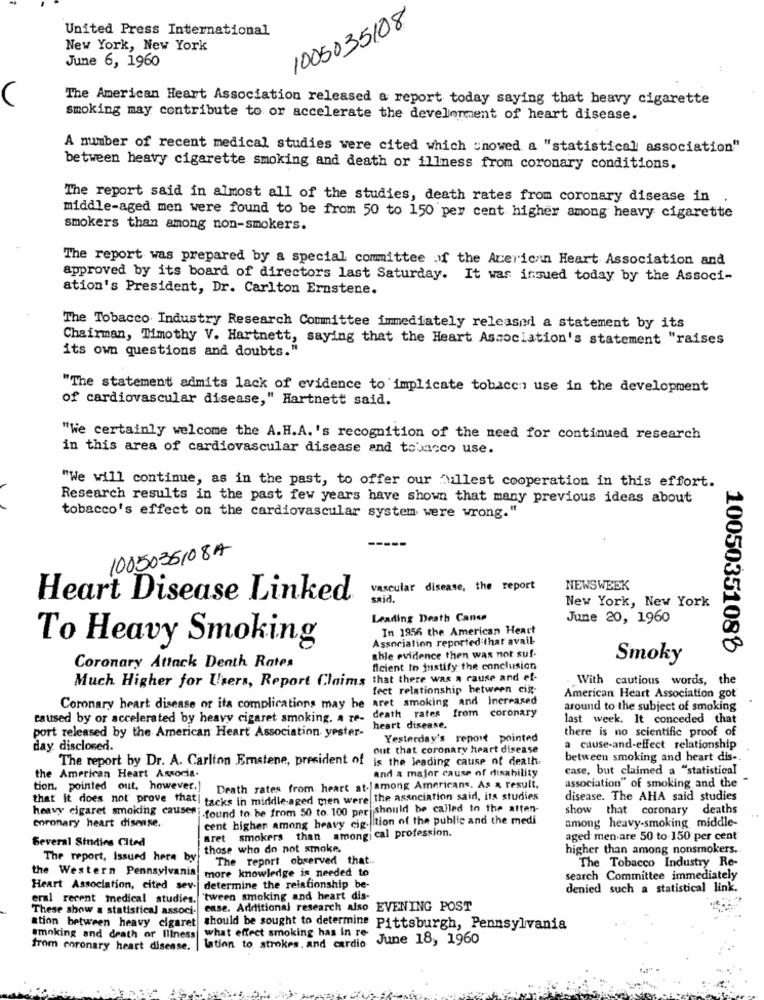
1005035108
United Press International
New York, New York
June 6, 1960
The American Heart Association released a report today saying that heavy cigarette
smoking may contribute to or accelerate the development of heart disease.
A number of recent medical studies were cited which snowed a "statistical association"
between heavy cigarette smoking and death or illness from coronary conditions.
The report said in almost all of the studies, death rates from coronary disease in
middle-aged men were found to be from 50 to 150 per cent higher among heavy cigarette
smokers than among non-smokers.
The report was prepared by a special committee of the American Heart Association and
approved by its board of directors last Saturday. It was issued today by the Associ-
ation's President, Dr. Carlton Ernstene.
The Tobacco Industry Research Committee immediately released a statement by its
Chairman, Timothy V. Hartnett, saying that the Heart Association's statement "raises
its own questions and doubts."
"The statement admits lack of evidence to implicate tobacen use in the development
of cardiovascular disease," Hartnett said.
"We certainly welcome the A.H.A. 's recognition of the need for continued research
in this area of cardiovascular disease and tobacco use.
"We will continue, as in the past, to offer our fullest cooperation in this effort.
Research results in the past few years have shown that many previous ideas about
tobacco's effect on the cardiovascular system were wrong."
1005036108A
vascular disease, the report
NEWSWEEK
Heart Disease Linked
said.
New York, New York
Leading Death Canse
June 20, 1960
In 1956 the American Heart
Association reported that avail-
To Heavy Smoking
10050351088
able evidence then was not suf-
Smoky
Coronary Attack Denth Rates
ficient to justify the conclusion
Much Higher for Users, Report Claims that there was a cause and ef-
With cautious words, the
fect relationship between cig-
American Heart Association got
Coronary heart disease of its complications may be aret smoking and Increased
around to the subject of smoking
caused by or accelerated by heavy cigaret smoking. a Te-
death rates
from coronary
last week. It conceded that
heart disease.
there is no scientific proof of
port released by the American Heart Association yester-
Yesterday's report pointed
day disclosed.
out that coronary heart disease
a cause-and-effect relationship
The report by Dr. A. Carlton Ernstene, president of
is the leading cause of death.
between smoking and heart dis-
and a major cause of disability
ease, but claimed a "statistical
the American Heart Associa.
association" of smoking and the
tion, pointed out, however,
Death rates from heart at. among Americans. As a result,
that it does not prove that tacks in middle-aged men were the association said, its studies
disease. The AHA said studies
heavy cigaret smoking causes;
found to be from 50 to. 100 per should be called to the atten-
show that coronary deaths
cent higher among heavy cig- tion of the public and the medi
among heavy-smoking middle-
coronary heart disease.
Bret smokers than amongi cal profession.
Several Studies Cited
aged men are 50 to-150 per cent
those who do not smoke.
higher than among nonsmokers.
The report, Issued here by
The report observed that ..
the Western Pennsylvania
more knowledge is needed to
The Tobacco Industry Re-
search Committee immediately
Heart Association, cited sev.
determine the relationship be-
denied such a statistical link.
eral recent medical studies.
`tween smoking and heart dis-
These show a statistical associ-
case. Additional research also EVENING POST
ation between heavy cigaret
should be sought to determine Pittsburgh, Pennsylvania
amoking and death or Illness
what effect smoking has in re-
June 18, 1960
from coronary heart disease.
lation to strokes. and cardio